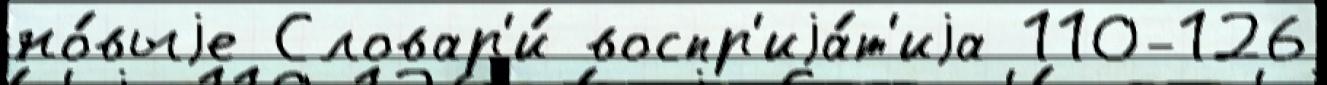
но́выjе Словар'и́ воспр'иjа́т'иjа 110-126